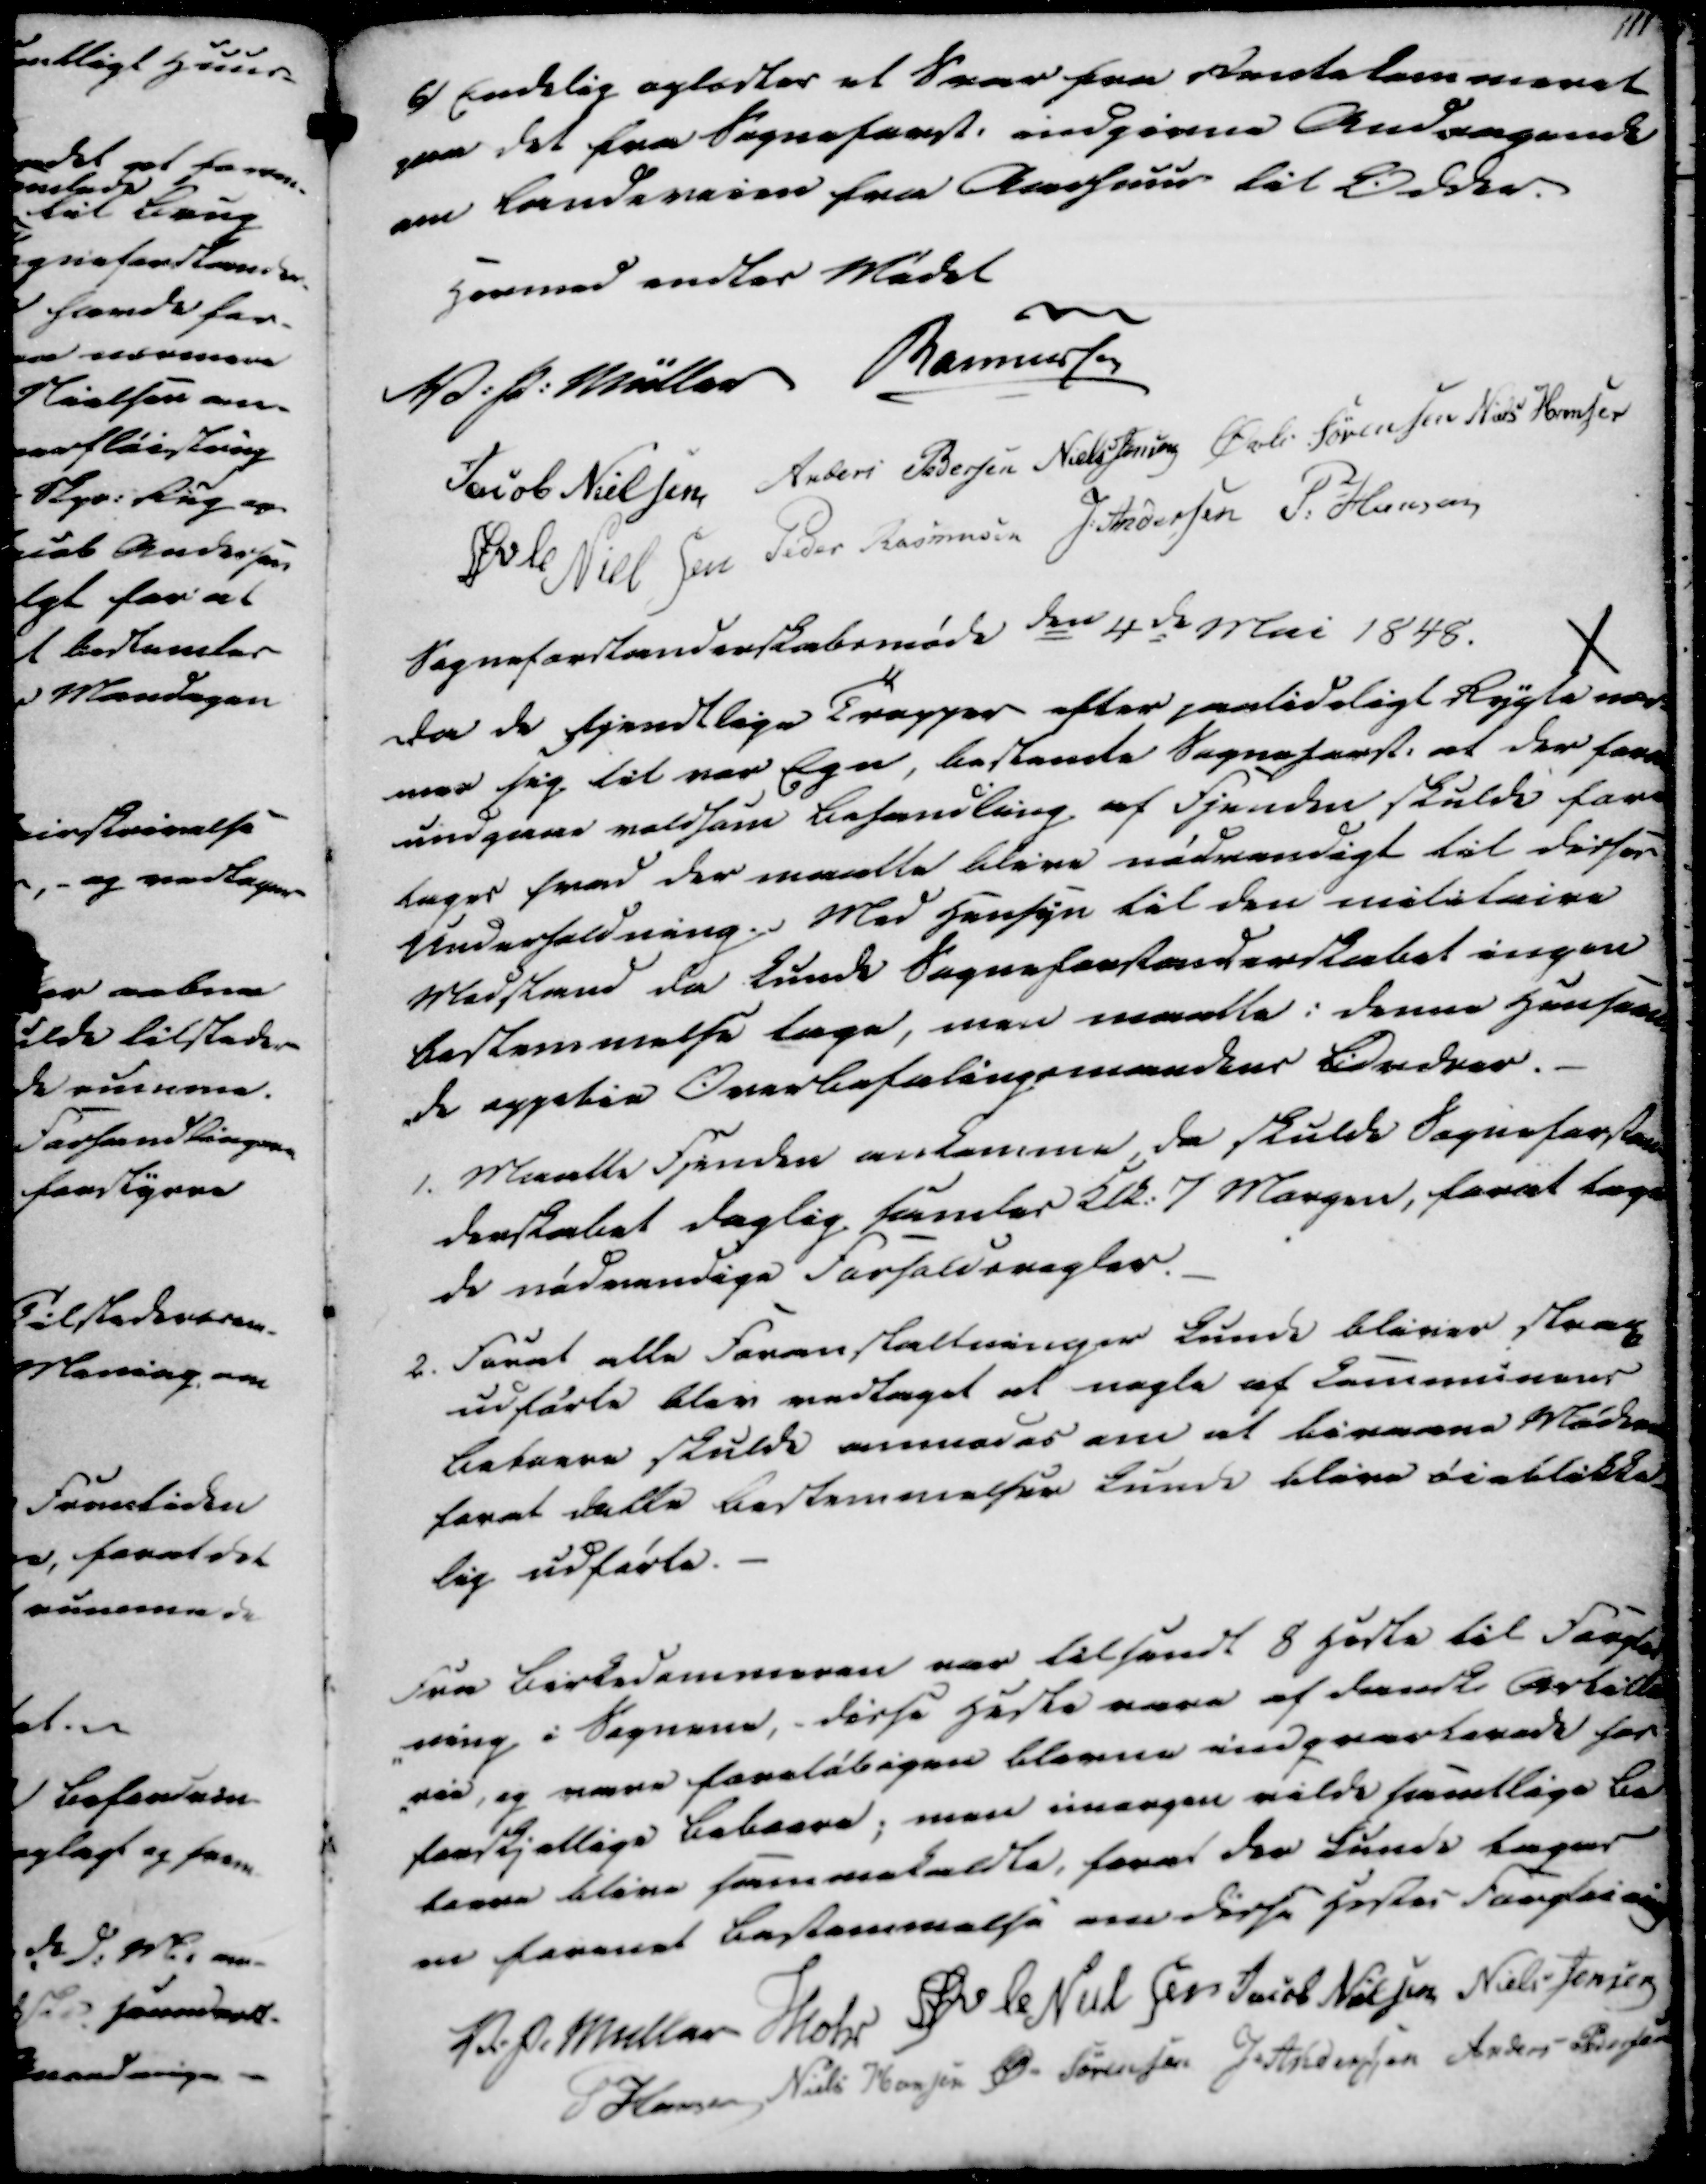
Transskription:
6) Endelig oplæstes et Svar fra Rentekammeret
paa det fra Sogneforst. indgivne Andragende
om Landeveien fra Aarhuus til Odder.
Hermed endtes Mødet
V. P. Müller
Rasmussen
Jacob Nielsen
Anders Pedersen
Niels Jensen
Øvli Sørensen
Niels Hansen
Øvle Nielsen
Peder Rasmussen
J. Andersen
P. Hansen
Sogneforstanderskabsmøde den 4de Mai 1848.
Da de fjendtlige Tropper efter paalideligt Rygte nær-
mer sig til vor Egn, bestemte Sogneforst. at der forat
undgaae voldsom Behandling af Fjenden skulde fore
tages hvad der maatte blive nødvendigt til disses
Underholdning. Med Hensyn til den militaire
Modstand da kunde Sogneforstanderskabet ingen
bestemmelse tage, men maatte i denne Henseen
-de oppetie Overbefalingsmandens Ordrer.

1. Maatte Fjenden ankomme, da skulde Sogneforstan-
derskabet daglig samles Klk. 7 Morgen, forat tage
de nødvendige Forholdsregler.
2. Forat alle Foranstaltninger kunde blives strax
udførte blev vedtaget at nogle af Communens
Beboere skulde anmodes om at bivaane Møderne
forat dette bestemmelser kunde blive øieblikke-
lig udførte.

Fra Birkedommeren var tilsendt 8 Heste til Forplei
-ning i Sognene, - disse Heste vare af danske Arbeide
rer, og vare foreløbigen blevne indqvarterede hos
forskjellige Beboere; men imorgen vilde samtlige Be
boere blive sammekaldte, forat der kunde tages
en forenet Bestemmelse over disse Hestes Forpleining
V. P. Müller
Mohr
Øvle Nielsen
Jacob Nielsen
Niels Jensen
P Hansen
Niels Hansen
Ø. Sørensen
J. Andersen
Anders Pedersen